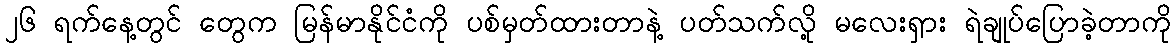
၂၆ ရက်နေ့တွင် တွေက မြန်မာနိုင်ငံကို ပစ်မှတ်ထားတာနဲ့ ပတ်သက်လို့ မလေးရှား ရဲချုပ်ပြောခဲ့တာကို